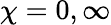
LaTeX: \chi=0,\infty